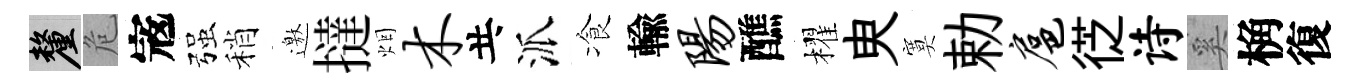
厘危𡨥强稍邀撻烟木共派飡輸阳醮櫂㬰寞勅扈徔诗奚桷復